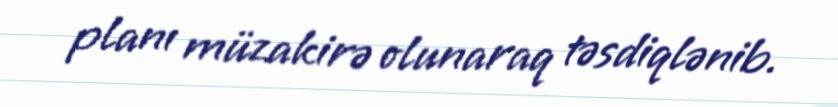
planı müzakirə olunaraq təsdiqlənib.